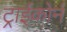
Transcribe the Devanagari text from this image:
ट्राईकोर्न